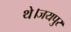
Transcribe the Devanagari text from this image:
थे।जयपुर